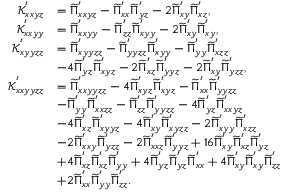
\begin{array} { r l } { \mathcal { K } _ { x x y z } ^ { ' } } & { = \widetilde { \Pi } _ { x x y z } ^ { ' } - \widetilde { \Pi } _ { x x } ^ { ' } \widetilde { \Pi } _ { y z } ^ { ' } - 2 \widetilde { \Pi } _ { x y } ^ { ' } \widetilde { \Pi } _ { x z } ^ { ' } , } \\ { \mathcal { K } _ { x x y y } ^ { ' } } & { = \widetilde { \Pi } _ { x x y y } ^ { ' } - \widetilde { \Pi } _ { z z } ^ { ' } \widetilde { \Pi } _ { x y y } ^ { ' } - 2 \widetilde { \Pi } _ { x y } ^ { ' } \widetilde { \Pi } _ { x y } ^ { ' } , } \\ { \mathcal { K } _ { x y y z z } ^ { ' } } & { = \widetilde { \Pi } _ { x y y z z } ^ { ' } - \widetilde { \Pi } _ { y y z z } ^ { ' } \widetilde { \Pi } _ { x y y } ^ { ' } - \widetilde { \Pi } _ { y y } ^ { ' } \widetilde { \Pi } _ { x z z } ^ { ' } } \\ & { - 4 \widetilde { \Pi } _ { y z } ^ { ' } \widetilde { \Pi } _ { x y z } ^ { ' } - 2 \widetilde { \Pi } _ { x z } ^ { ' } \widetilde { \Pi } _ { y y z } ^ { ' } - 2 \widetilde { \Pi } _ { x y } ^ { ' } \widetilde { \Pi } _ { y z z } ^ { ' } , } \\ { \mathcal { K } _ { x x y y z z } ^ { ' } } & { = \widetilde { \Pi } _ { x x y y z z } ^ { ' } - 4 \widetilde { \Pi } _ { x y z } ^ { ' } \widetilde { \Pi } _ { x y z } ^ { ' } - \widetilde { \Pi } _ { x x } ^ { ' } \widetilde { \Pi } _ { y y z z } ^ { ' } } \\ & { - \widetilde { \Pi } _ { y y } ^ { ' } \widetilde { \Pi } _ { x x z z } ^ { ' } - \widetilde { \Pi } _ { z z } ^ { ' } \widetilde { \Pi } _ { y y z z } ^ { ' } - 4 \widetilde { \Pi } _ { y z } ^ { ' } \widetilde { \Pi } _ { x x y z } ^ { ' } } \\ & { - 4 \widetilde { \Pi } _ { x z } ^ { ' } \widetilde { \Pi } _ { x y y z } ^ { ' } - 4 \widetilde { \Pi } _ { x y } ^ { ' } \widetilde { \Pi } _ { x y z z } ^ { ' } - 2 \widetilde { \Pi } _ { x y y } ^ { ' } \widetilde { \Pi } _ { x z z } ^ { ' } } \\ & { - 2 \widetilde { \Pi } _ { x x y } ^ { ' } \widetilde { \Pi } _ { y z z } ^ { ' } - 2 \widetilde { \Pi } _ { x x z } ^ { ' } \widetilde { \Pi } _ { y y z } ^ { ' } + 1 6 \widetilde { \Pi } _ { x y } ^ { ' } \widetilde { \Pi } _ { x z } ^ { ' } \widetilde { \Pi } _ { y z } ^ { ' } } \\ & { + 4 \widetilde { \Pi } _ { x z } ^ { ' } \widetilde { \Pi } _ { x z } ^ { ' } \widetilde { \Pi } _ { y y } ^ { ' } + 4 \widetilde { \Pi } _ { y z } ^ { ' } \widetilde { \Pi } _ { y z } ^ { ' } \widetilde { \Pi } _ { x x } ^ { ' } + 4 \widetilde { \Pi } _ { x y } ^ { ' } \widetilde { \Pi } _ { x y } ^ { ' } \widetilde { \Pi } _ { z z } ^ { ' } } \\ & { + 2 \widetilde { \Pi } _ { x x } ^ { ' } \widetilde { \Pi } _ { y y } ^ { ' } \widetilde { \Pi } _ { z z } ^ { ' } . } \end{array}